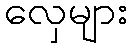
လှေများ